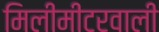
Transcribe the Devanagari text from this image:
मिलीमीटरवाली